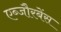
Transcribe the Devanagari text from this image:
एब्जौरबेंस